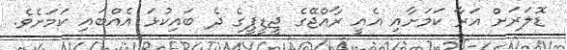
ޑޮލަރަށް އަރާ ކަމަށާއި އެއީ ރާއްޖޭގެ ޖީޑީޕީގެ ދެ ބައިކުޅަ އެއްބައި ކަމަށެވެ.